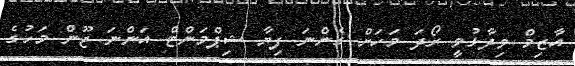
އާޒިމް ވިދާޅުވީ ރޯދަ މަހަށް ގެންނަ ފިޔާ ޝިޕްމަންޓް އަންނަ ޖޫން މަހުގެ